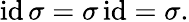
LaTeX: \operatorname{i\mathrm{d}}\sigma=\sigma\operatorname{i\mathrm{d}}=\sigma.